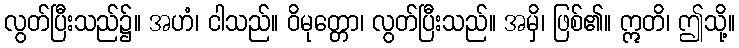
လွတ်ပြီးသည်၌။ အဟံ၊ ငါသည်။ ဝိမုတ္တော၊ လွတ်ပြီးသည်။ အမှိ၊ ဖြစ်၏။ ဣတိ၊ ဤသို့။